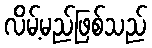
လိမ့်မည်ဖြစ်သည်